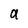
Character: a